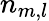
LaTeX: n_{m,l}